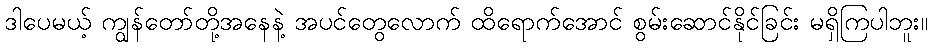
ဒါပေမယ့် ကျွန်တော်တို့အနေနဲ့ အပင်တွေလောက် ထိရောက်အောင် စွမ်းဆောင်နိုင်ခြင်း မရှိကြပါဘူး။